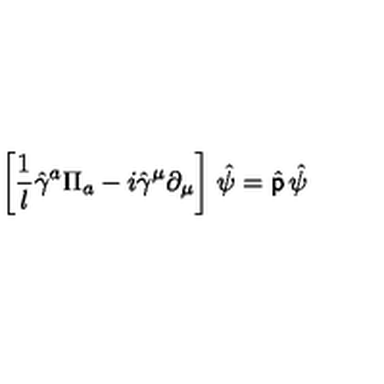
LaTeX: \left[ { \frac { 1 } { l } } \hat { \gamma } ^ { a } \Pi _ { a } - i \hat { \gamma } ^ { \mu } \partial _ { \mu } \right] \ \! \hat { \psi } = \hat { \sf p } \ \! \hat { \psi }